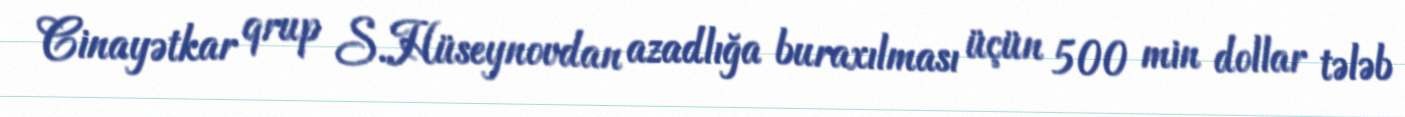
Cinayətkar qrup S.Hüseynovdan azadlığa buraxılması üçün 500 min dollar tələb